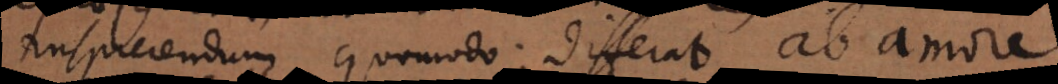
inspiciendum quomodo differat ab amore,